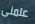
علمنى